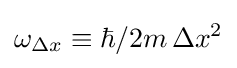
\omega _{\Delta x}\equiv \hbar /2m\,\Delta x^{2}